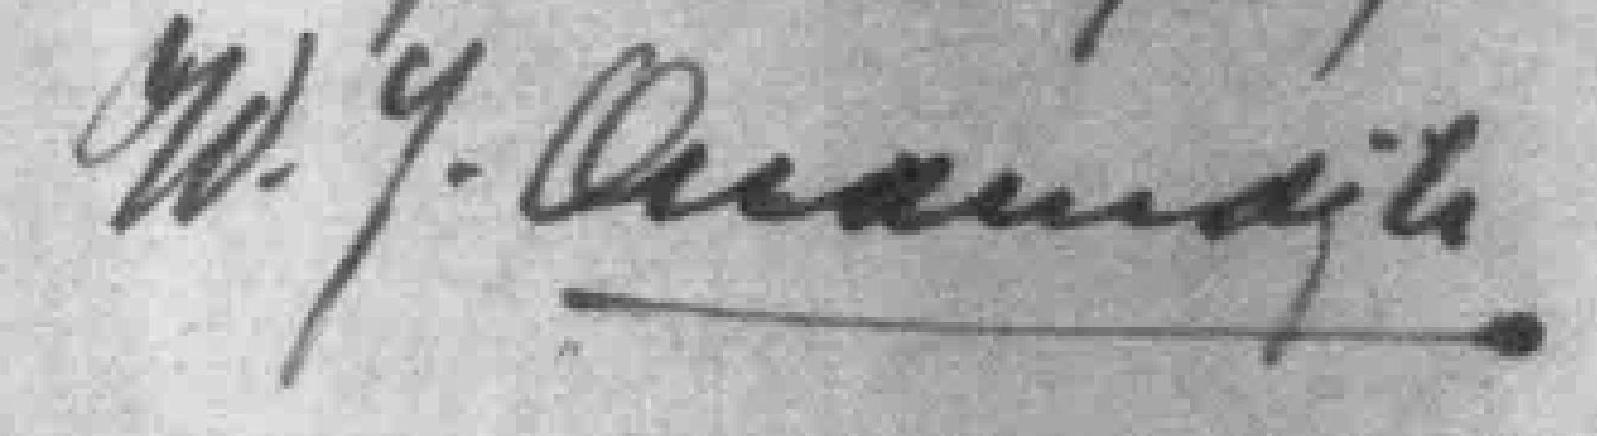
W.q.Q*